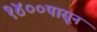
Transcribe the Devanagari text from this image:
१४००पासून